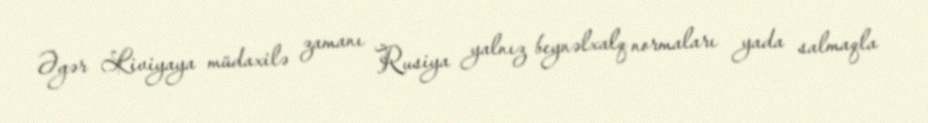
Əgər Liviyaya müdaxilə zamanı Rusiya yalnız beynəlxalq normaları yada salmaqla